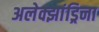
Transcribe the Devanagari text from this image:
अलेक्झांड्रिना